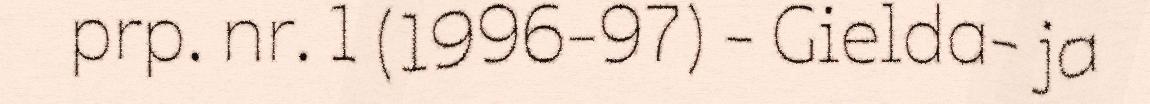
prp. nr. 1 (1996-97) - Gielda- ja